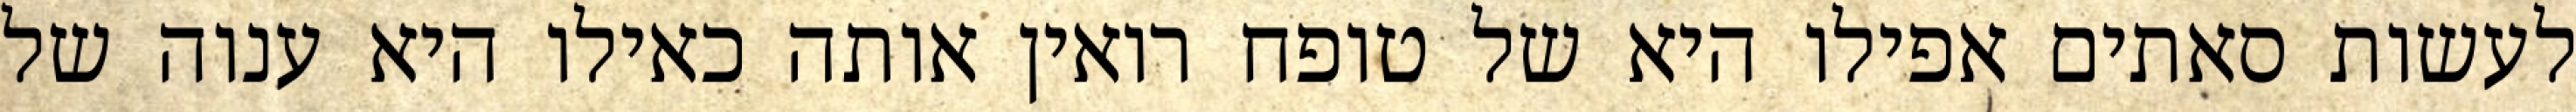
לעשות סאתים אפילו היא של טופח רואין אותה כאילו היא ענוה של